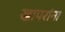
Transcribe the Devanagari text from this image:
खापरांना